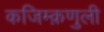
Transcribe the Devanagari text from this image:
कजिम्क़णुली